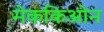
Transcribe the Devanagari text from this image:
मेककिओन